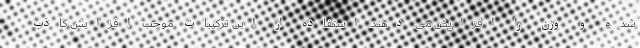
شده و وزن را افزایش می دهند. استفاده از این ترکیبات موجب افزایش کاذب